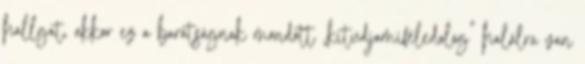
hallgat, akkor ez a barátságnak mondott „kitudjamiféledolog” halálra van